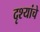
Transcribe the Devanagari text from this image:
दृश्यांचे